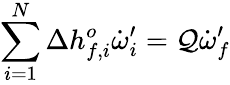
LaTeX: \sum_{i=1}^{N}\Delta h_{f,i}^{o}\dot{\omega}_{i}^{\prime}=\mathcal{Q}\dot{\omega}_{f}^{\prime}